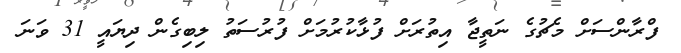
ފްރާންސަށް މެޗުގެ ނަތީޖާ އިތުރަށް ފުޅާކުރުމަށް ފުރުސަތު ލިބިގެން ދިޔައީ 31 ވަނަ